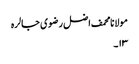
مولانا محمف اضل رضوی جالرہ
۱۳۔